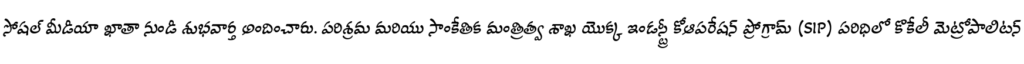
సోషల్ మీడియా ఖాతా నుండి శుభవార్త అందించారు. పరిశ్రమ మరియు సాంకేతిక మంత్రిత్వ శాఖ యొక్క ఇండస్ట్రీ కోఆపరేషన్ ప్రోగ్రామ్ (SIP) పరిధిలో కొకేలీ మెట్రోపాలిటన్